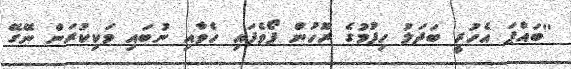
''ބައްޕަ އެހުރީ ބަދަލު ހިފުމުގެ ރޫހުން ފޯވެފައި ހެވާއި ނުބައި ވަކިކުރަން ނޭގޭ